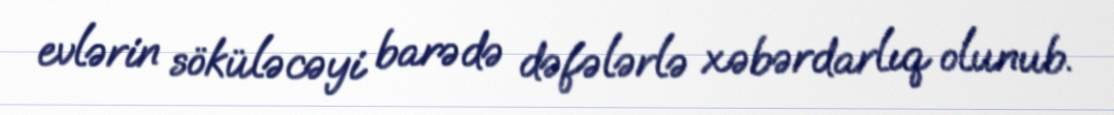
evlərin söküləcəyi barədə dəfələrlə xəbərdarlıq olunub.